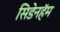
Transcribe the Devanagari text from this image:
सिडेनहॅम